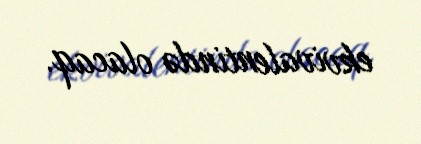
ekvivalentində olacaq.